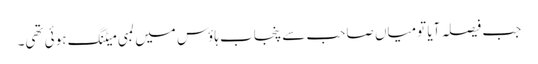
جب فیصلہ آیا تومیاں صاحب سے پنجاب ہاؤس میں لمبی میٹنگ ہوئی تھی۔